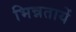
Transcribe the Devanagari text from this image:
भिन्नतायें